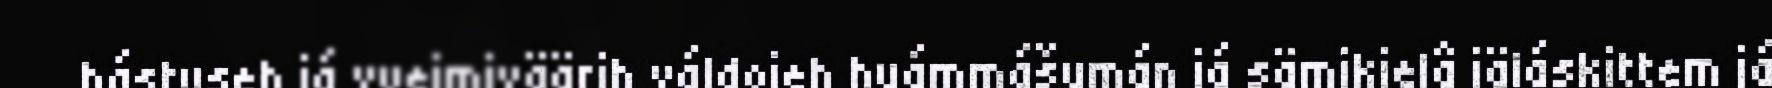
hástuseh já vyeimiväärih váldojeh huámmášumán já sämikielâ iäláskittem já